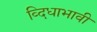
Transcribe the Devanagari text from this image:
व्दिधाभावी